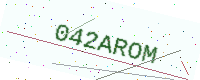
Text: 042AROM